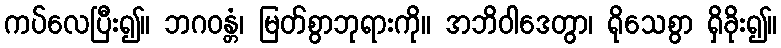
ကပ်လေပြီး၍။ ဘဂဝန္တံ၊ မြတ်စွာဘုရားကို။ အဘိဝါဒေတွာ၊ ရိုသေစွာ ရှိခိုး၍။